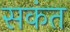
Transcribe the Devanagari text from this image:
सकंत